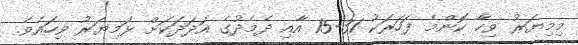
މިމިޔަރު ވިހާ ކޮންމެ ފަހަރަކު 31-15 އާއި ދެމެދުގެ އަދަދަކަށް ޅަމިޔަރު ވިހައެވެ.